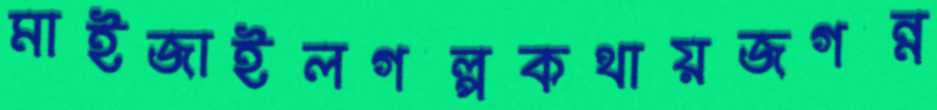
মাইজাইলগল্পকথায়জগন্ন